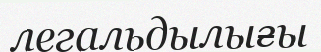
легальдылығы